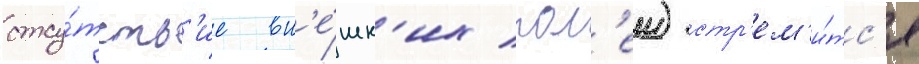
отсу́тств'ие вн'е́шн'их пол'еи) стр'ем'и́тс'я